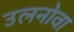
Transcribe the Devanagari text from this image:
उलनोवा